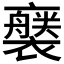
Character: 𧞚